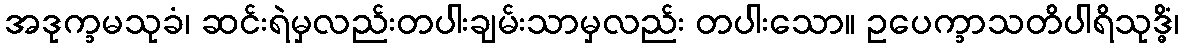
အဒုက္ခမသုခံ၊ ဆင်းရဲမှလည်းတပါးချမ်းသာမှလည်း တပါးသော။ ဥပေက္ခာသတိပါရိသုဒ္ဓိံ၊